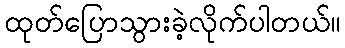
ထုတ်ပြောသွားခဲ့လိုက်ပါတယ်။